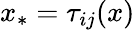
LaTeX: x_{*}=\tau_{ij}(x)